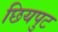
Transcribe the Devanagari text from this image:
छियपुट